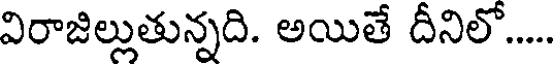
విరాజిల్లుతున్నది. అయితే దీనిలో.....